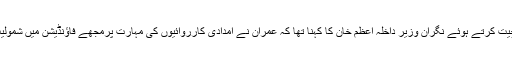
اس حوالے سے بات چیت کرتے ہوئے نگران وزیر داخلہ اعظم خان کا کہنا تھا کہ عمران نے امدادی کارروائیوں کی مہارت پرمجھے فاؤنڈیشن میں شمولیت کی دعوت دی تھی۔